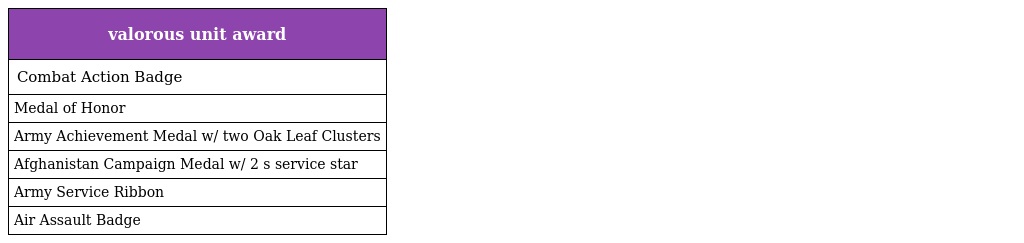
| valorous unit award |
 | --- |
 | Combat Action Badge |
 | Medal of Honor |
 | Army Achievement Medal w/ two Oak Leaf Clusters |
 | Afghanistan Campaign Medal w/ 2 s service star |
 | Army Service Ribbon |
 | Air Assault Badge |